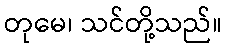
တုမေ၊ သင်တို့သည်။